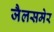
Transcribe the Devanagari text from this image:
जैलसमेर